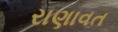
રાણાવત